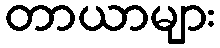
တာယာများ